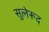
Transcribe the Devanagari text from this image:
सुलेरूद